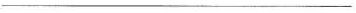
___